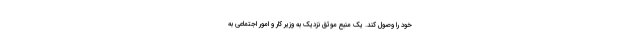
خود را وصول کند. یک منبع موثق نزدیک به وزیر کار و امور اجتماعی به